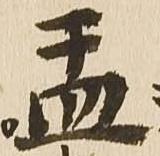
盂